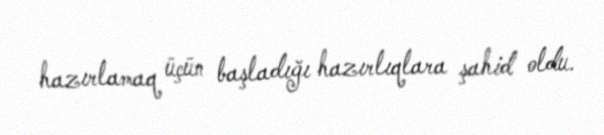
hazırlamaq üçün başladığı hazırlıqlara şahid oldu.